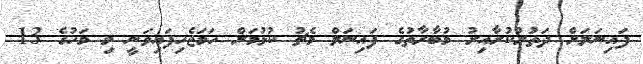
ފައިނަލަށް ދަތުރުކުރާއިރު މުބާރާތުގެ ފައިނަލް މެޗު ކުޅުމަށް ހަމަޖެހިފައިވަނީ މި މަހުގެ 13